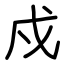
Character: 戍